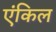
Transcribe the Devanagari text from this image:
एंकिल